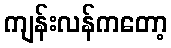
ကျန်းလန်ကတော့